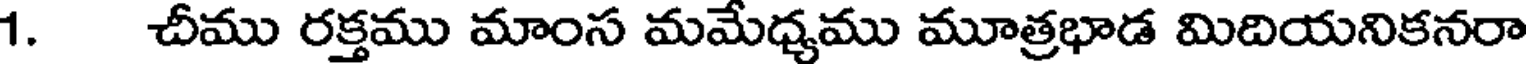
1. చీము రక్తము మాంస మమేధ్యము మూత్రభాడ మిదియనికనరా